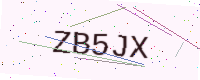
Text: ZB5JX